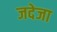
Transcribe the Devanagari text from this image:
जदेजा